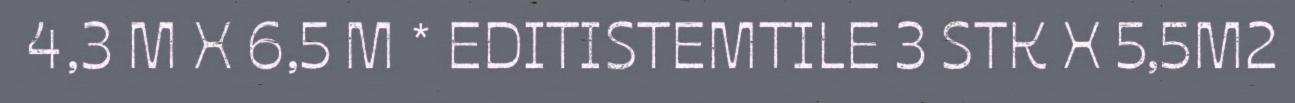
4,3 M X 6,5 M * EDITISTEMTILE 3 STK X 5,5M2